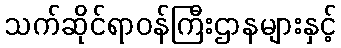
သက်ဆိုင်ရာဝန်ကြီးဌာနများနှင့်